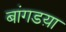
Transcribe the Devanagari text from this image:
बांगडय़ा